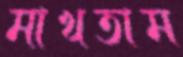
মাখতাম